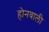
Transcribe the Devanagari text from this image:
होनवाली